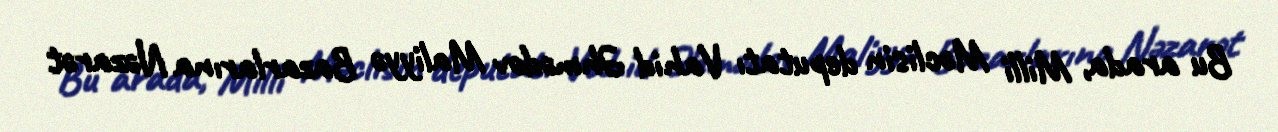
Bu arada, Milli Məclisin deputatı Vahid Əhmədov Maliyyə Bazarlarına Nəzarət